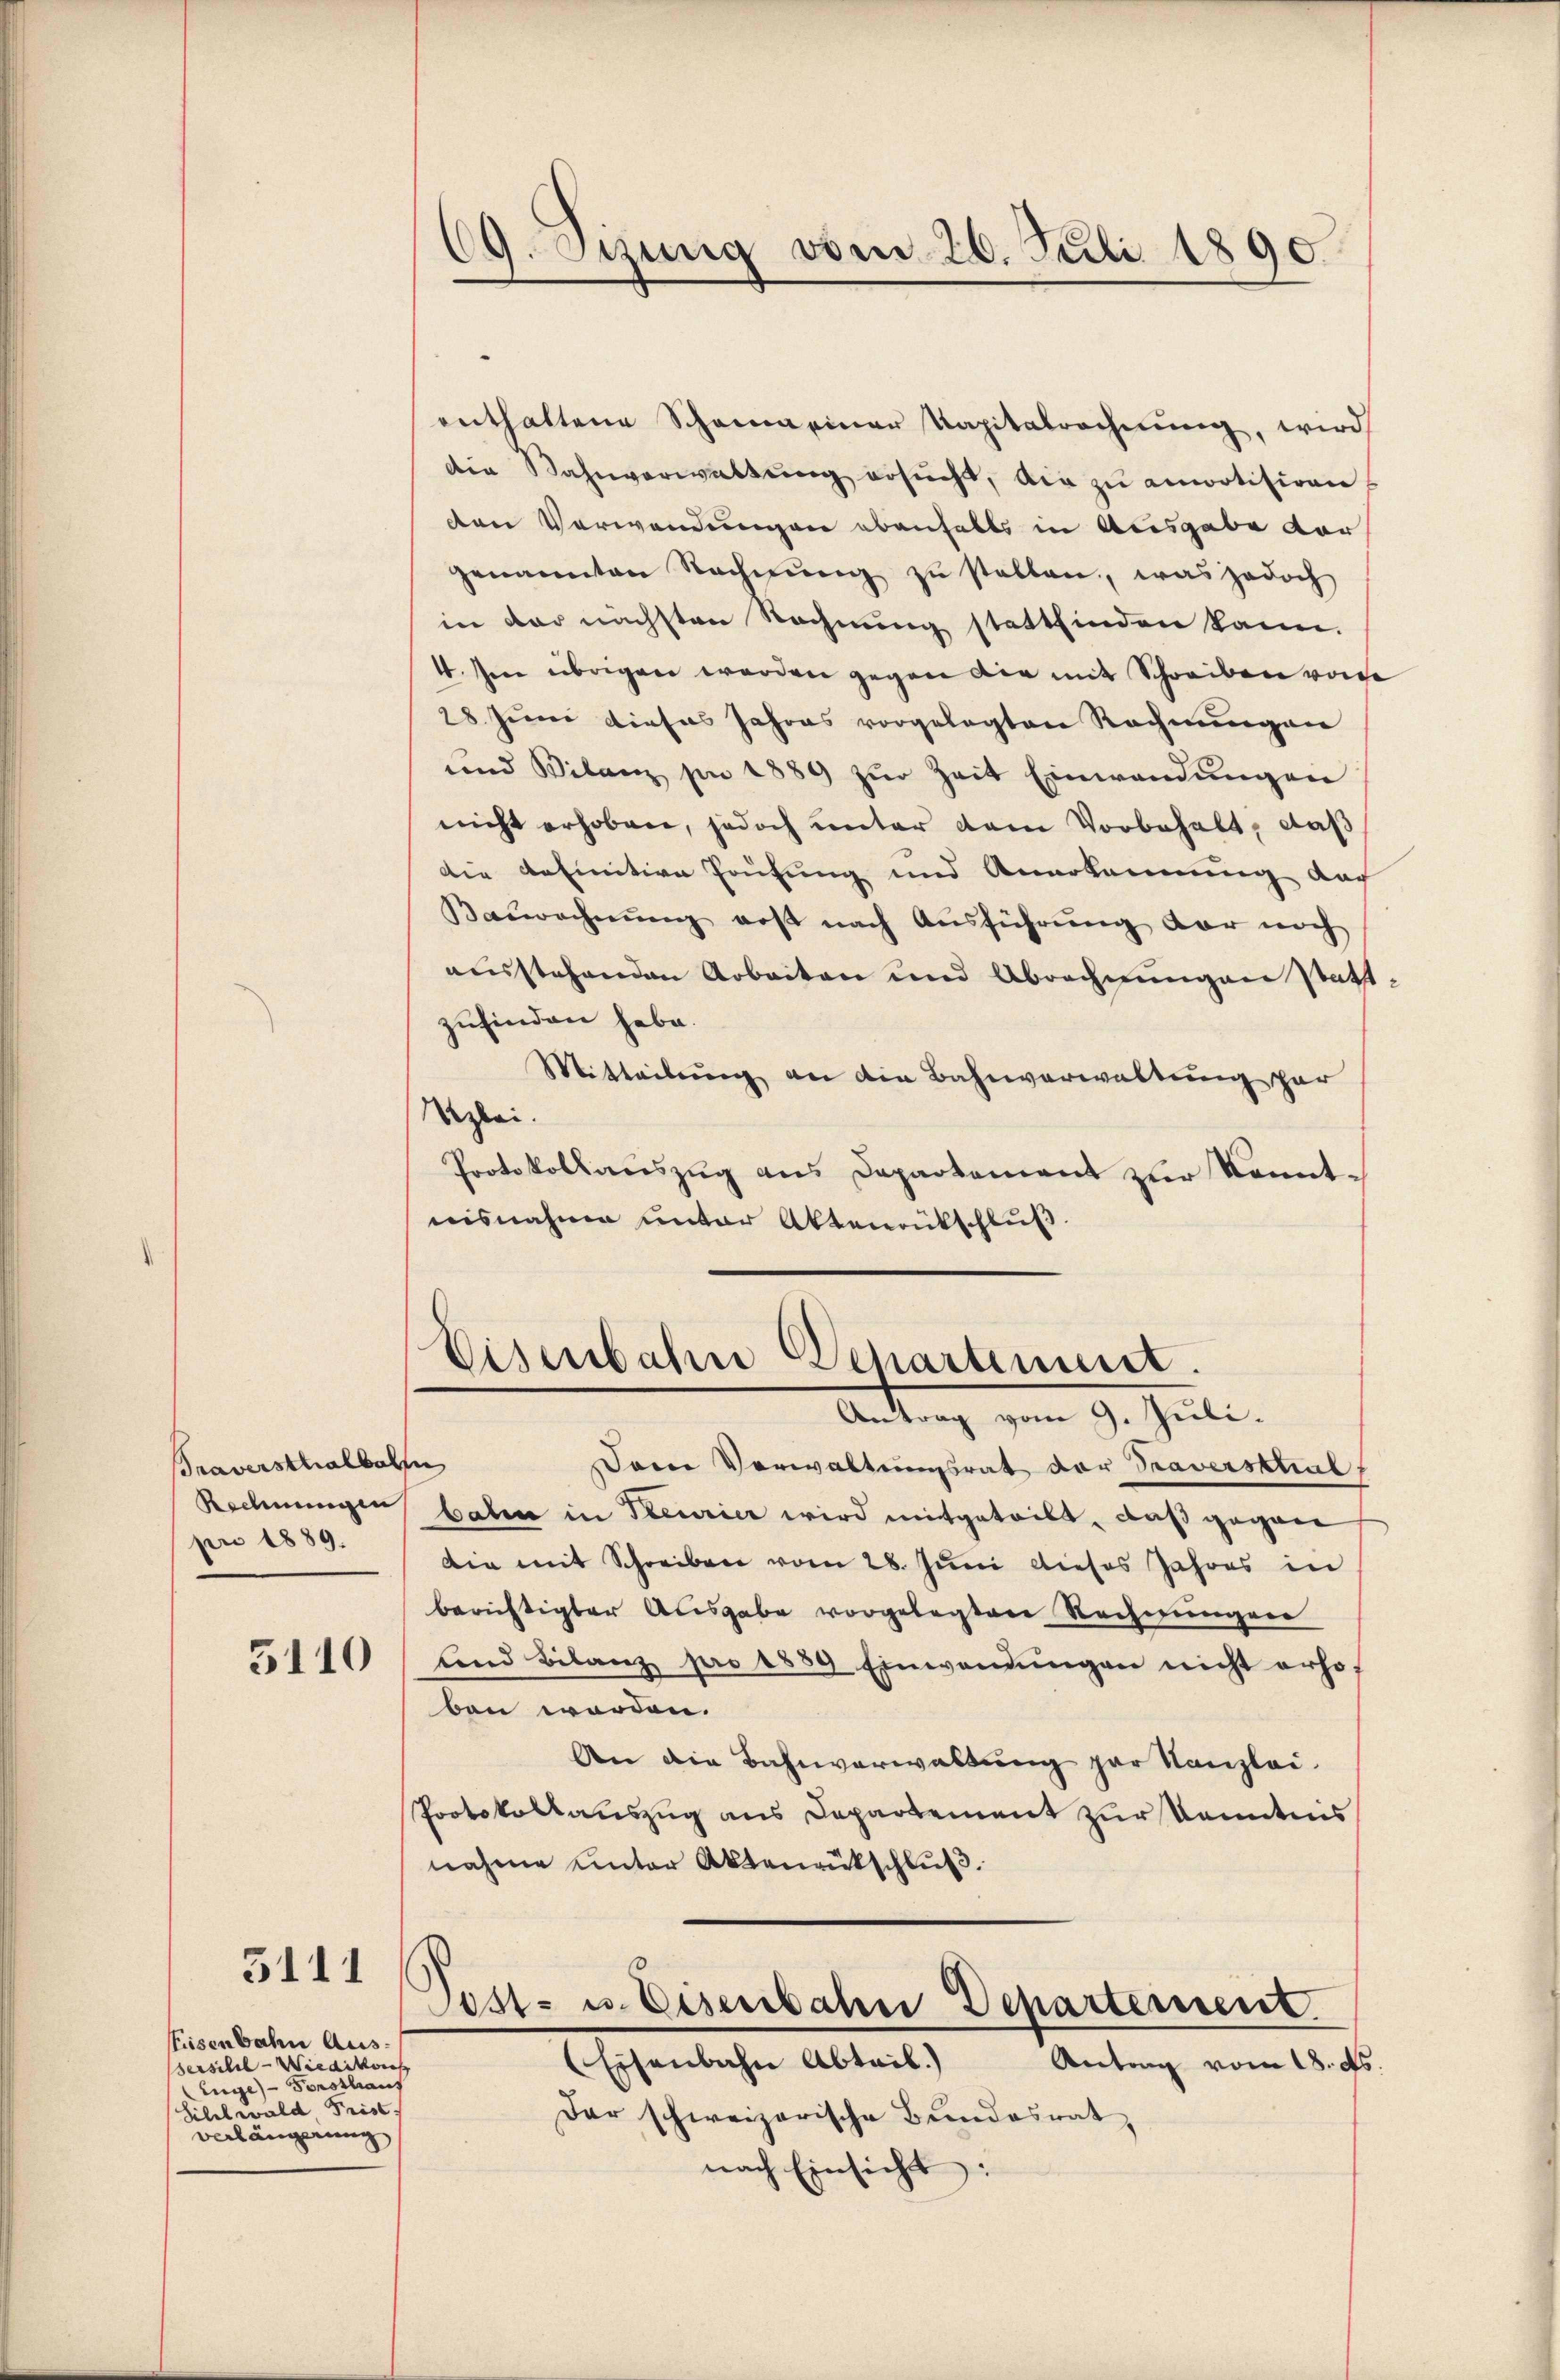
Traversthalbahn
pro 1889.

3111

Eisenbahn Aus¬
Bersihl - Wiedikons
Enge - Sonsthaus
Silelwald Frist.
Verlängerung

enthaltene Schönen einer Kapitalrechnŭng, wird
Die Bahnverwaltŭng ersŭcht, die zu anwotisiren
den Verwendungen ebenfalls in Ausgabe der
genannten Rechnŭng zŭ stellen, was jedoch
in der nächsten Rechnung stattfinden kann.
4. Im übrigen werden gegen die mit Schreiben von
28 Juni dieses Jahres vorgelegten Rechnungen
und Bilanz pr 1889 zŭr Zeit Einwendŭngen
nicht erhoben, jedoch unter kain Vorbehalt, daß
die definitive Prüfung und Anerkennung nach
Barechnŭng erst nach Ausführŭng der noch
ausstehenden Arbeiten und Abrechnungen statt-
zufinden habe.
Mitteilung an die Bahnverwaltung par
Uzlei.
Protokollsauszug aus Departement zur Kenntnisnahme unter Aktenrütschluß.

C9.Otzung vom 26. Juli 1890.

Eisenbahn Departiment.
Antrag vom 9. Juli.

Darin Vorwaltungsrat der Traversatial
Rechnungen bald in Steurier wird mitgeteilt, daß gegen
Die mit Schreiben vom 28. Juni dieses Jahres in
berichtigter Ausgabe vorgelegten Rechnungen
2110 und Bilanz pro 1889 Einwendŭngen nicht erhof
ben worden.
An die Bahnverwaltung zur Kanzlei-
Protokollauszug aus Departement zur Kenntnis
nahme unter Aktenrückschluß.
Post- u. Eisenbahne Departemen
(Eisenbahn Abteil.)
Antrag vom 18. ds
Dar schweizerische Bundesrat
nach Einsicht: